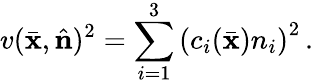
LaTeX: v(\bar{\mathbf x},\hat{\mathbf n})^{2}=\sum_{i=1}^{3}\left(c_{i}(\bar{\mathbf x})n_{i}\right)^{2}\, .